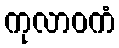
ကုလာဝကံ